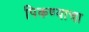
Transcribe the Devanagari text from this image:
पिकण्याचा